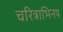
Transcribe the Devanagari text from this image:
चरित्राभिनय